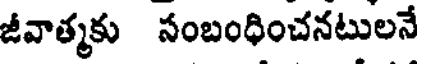
జీవాత్మకు సంబంధించనటులనే